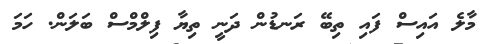
މާލެ އައިސް ފައި ތިބޭ ރަނޑުން ދަނީ ތިޔާ ފިލްމްސް ބަލަން. ހަމަ